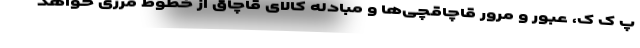
پ ک ک، عبور و مرور قاچاقچی‌ها و مبادله کالای قاچاق از خطوط مرزی خواهد